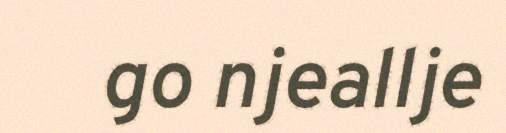
go njeallje